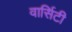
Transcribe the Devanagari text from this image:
वार्सिटी